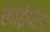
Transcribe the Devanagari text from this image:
काईयोडो